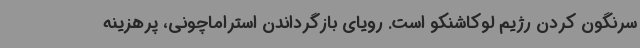
سرنگون کردن رژیم لوکاشنکو است. رویای بازگرداندن استراماچونی، پرهزینه